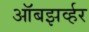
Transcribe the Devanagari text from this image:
ऑबझर्व्हर